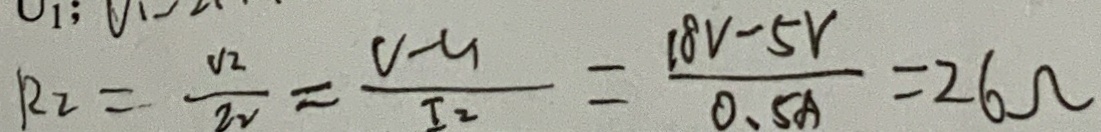
R _ { 2 } = \frac { V _ { 2 } } { 2 v } = \frac { V - V _ { 1 } } { I _ { 2 } } = \frac { 1 8 V - 5 V } { 0 . 5 A } = 2 6 \Omega